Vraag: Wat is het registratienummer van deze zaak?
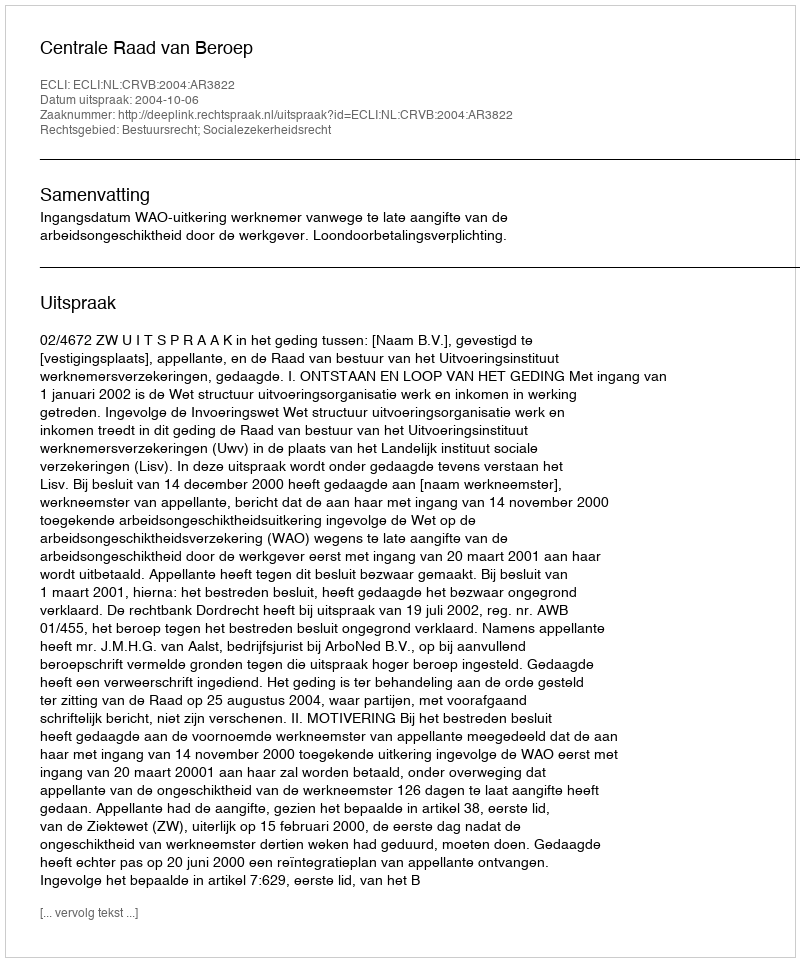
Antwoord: http://deeplink.rechtspraak.nl/uitspraak?id=ECLI:NL:CRVB:2004:AR3822